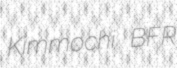
Kimmochi BFR